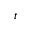
t